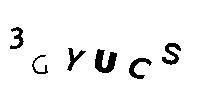
3GYUCS